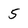
Character: 5